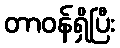
တာဝန်ရှိပြီး